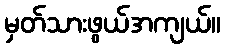
မှတ်သားဖွယ်အကျယ်။